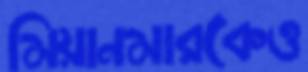
মিয়ানমারকেও